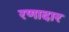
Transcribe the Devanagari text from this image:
रणादार